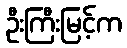
ဦးကြီးမြင့်က